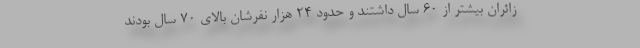
زائران بیشتر از ۶۰ سال داشتند و حدود ۲۴ هزار نفرشان بالای ۷۰ سال بودند